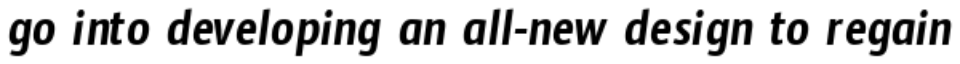
go into developing an all-new design to regain